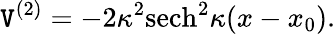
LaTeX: \mathtt{V}^{(2)}=-2\kappa^{2}\mathrm{{sech}}^{2}\kappa(x-x_{0}).